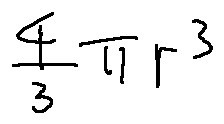
\frac { 4 } { 3 } \pi r ^ { 3 }